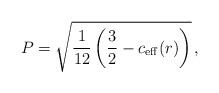
\begin{align*}P = \sqrt{\frac1{12}\left( \frac32 - c_{\rm eff}(r)\right)}\,,\end{align*}